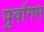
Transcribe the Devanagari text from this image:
पुर्वागम